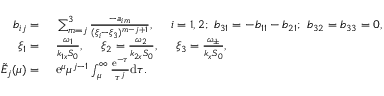
\begin{array} { r l } { b _ { i j } = ~ } & { { } \sum _ { m = j } ^ { 3 } \frac { - a _ { i m } } { ( \xi _ { i } - \xi _ { 3 } ) ^ { m - j + 1 } } , ~ ~ ~ ~ i = 1 , 2 ; ~ b _ { 3 1 } = - b _ { 1 1 } - b _ { 2 1 } ; ~ b _ { 3 2 } = b _ { 3 3 } = 0 , } \\ { \xi _ { 1 } = ~ } & { { } \frac { \omega _ { 1 } } { k _ { 1 x } S _ { 0 } } , ~ ~ ~ ~ \xi _ { 2 } = \frac { \omega _ { 2 } } { k _ { 2 x } S _ { 0 } } , ~ ~ ~ ~ \xi _ { 3 } = \frac { \omega _ { \pm } } { k _ { x } S _ { 0 } } , } \\ { \tilde { E } _ { j } ( \mu ) = ~ } & { { } \mathrm { e } ^ { \mu } \mu ^ { j - 1 } \int _ { \mu } ^ { \infty } \frac { \mathrm { e } ^ { - \tau } } { \tau ^ { j } } \mathrm { d } \tau . } \end{array}